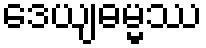
ဒေယျဓမ္မဿ